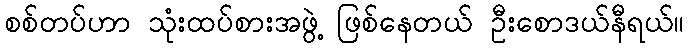
စစ်တပ်ဟာ သုံးထပ်စားအဖွဲ့ ဖြစ်နေတယ် ဦးစောဒယ်နီရယ်။